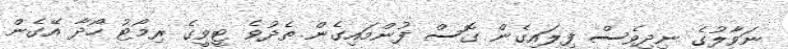
ނަވާލުގެ ނިދިވެސް ފިލައިގެން ގޮސް ފުންމައިގެން ތެދުވެ ޓީވީގެ ރިމޯޓު ހޯދާ އޭގެން